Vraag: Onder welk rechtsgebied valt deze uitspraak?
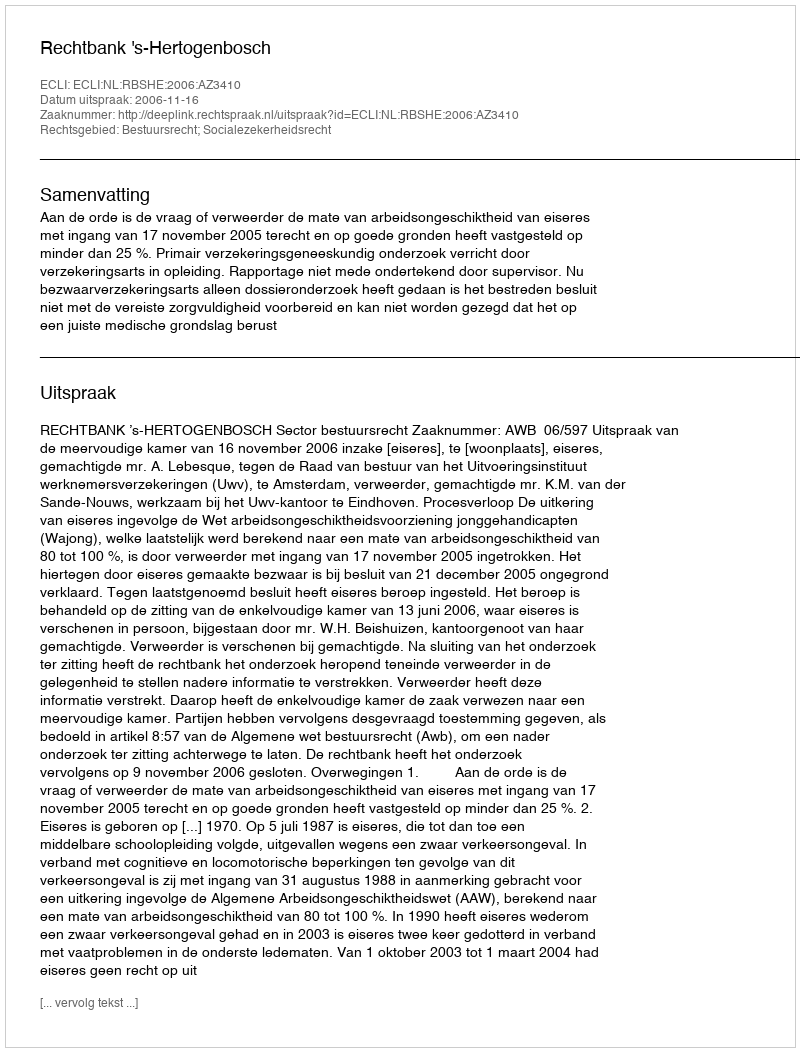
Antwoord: Bestuursrecht; Socialezekerheidsrecht